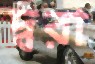
দ্বরা